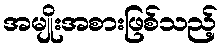
အမျိုးအစားဖြစ်သည့်